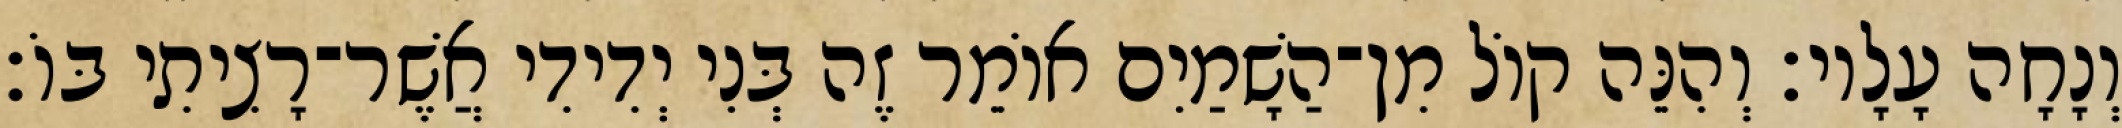
וְנָחָה עָלָיו׃ וְהִנֵּה קוֹל מִן־הַשָׁמַיִם אוֹמֵר זֶה בְּנִי יְדִידִי אֲשֶׁר־רָצִיתִי בּוֹ׃